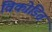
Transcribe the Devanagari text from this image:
विकोडित